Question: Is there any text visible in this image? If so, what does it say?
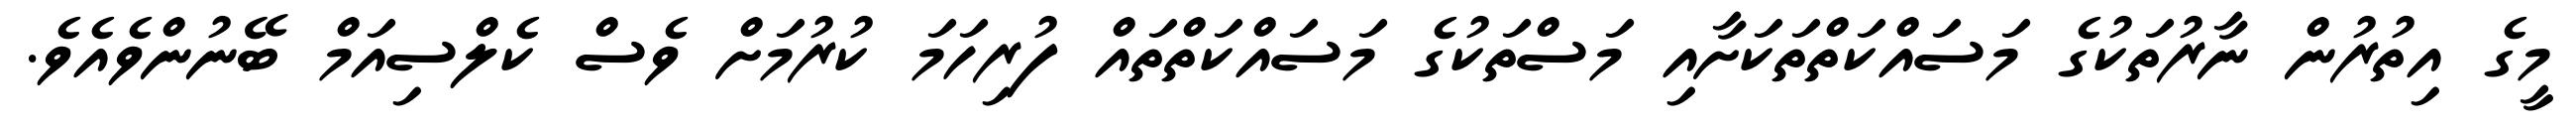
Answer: މީގެ އިތުރުން ނާރުތަކުގެ މަސައްކަތްތަކަށާއި މަސްތަކުގެ މަސައްކަތްތައް ފުރިހަމަ ކުރުމަށް ވެސް ކެލްސިއަމް ބޭނުންވެއެވެ.